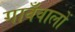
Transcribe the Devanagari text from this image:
गावँवालों